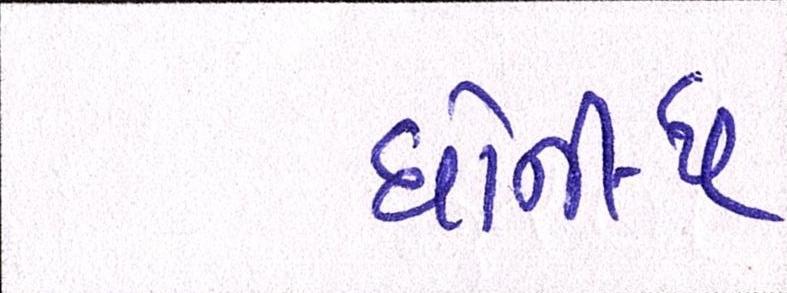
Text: ધોની-ધ